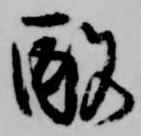
酩